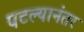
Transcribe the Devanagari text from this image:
पटल्यानंतर